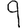
Digit: 9